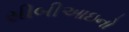
સીબીઆઇનો